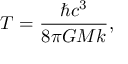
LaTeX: T = { \frac { \hbar c ^ { 3 } } { 8 \pi G M k } } ,